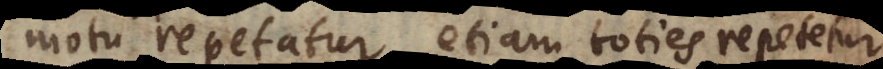
motu repetatur, etiam toties repetetur